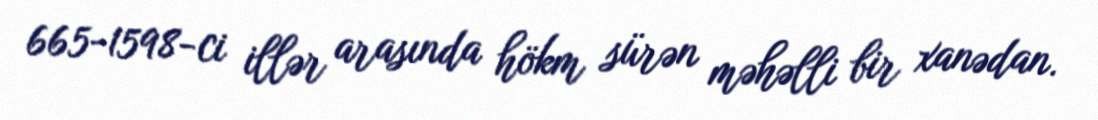
665-1598-ci illər arasında hökm sürən məhəlli bir xanədan.